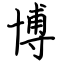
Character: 博